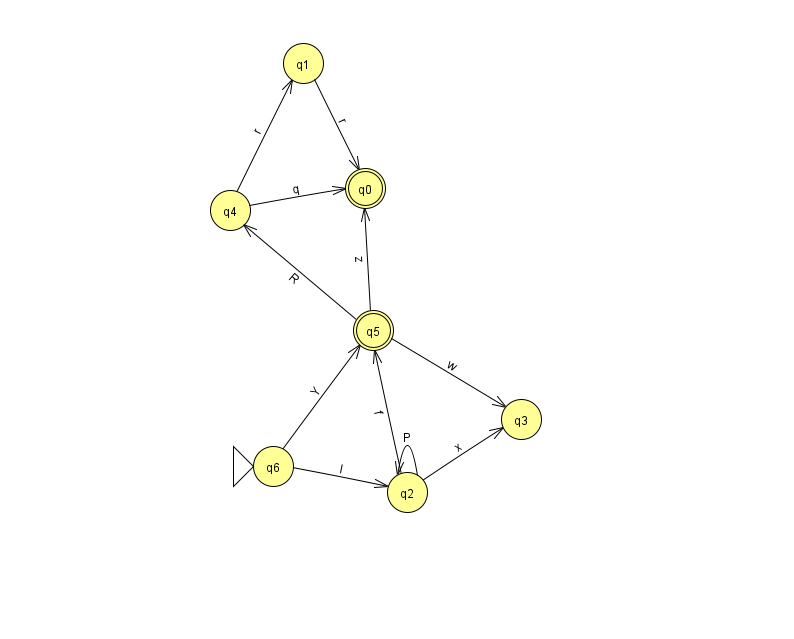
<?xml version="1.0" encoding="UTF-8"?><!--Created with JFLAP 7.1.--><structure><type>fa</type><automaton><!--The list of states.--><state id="0" name="q0"><x>365.0</x><y>175.0</y><final/></state><state id="1" name="q1"><x>303.0</x><y>50.0</y></state><state id="2" name="q2"><x>407.0</x><y>479.0</y></state><state id="3" name="q3"><x>521.0</x><y>406.0</y></state><state id="4" name="q4"><x>230.0</x><y>197.0</y></state><state id="5" name="q5"><x>373.0</x><y>317.0</y><final/></state><state id="6" name="q6"><x>273.0</x><y>453.0</y><initial/></state><!--The list of transitions.--><transition><from>2</from><to>2</to><read>P</read></transition><transition><from>5</from><to>4</to><read>R</read></transition><transition><from>5</from><to>3</to><read>w</read></transition><transition><from>1</from><to>0</to><read>r</read></transition><transition><from>6</from><to>2</to><read>l</read></transition><transition><from>2</from><to>3</to><read>x</read></transition><transition><from>5</from><to>0</to><read>z</read></transition><transition><from>4</from><to>1</to><read>r</read></transition><transition><from>2</from><to>5</to><read>f</read></transition><transition><from>4</from><to>0</to><read>q</read></transition><transition><from>6</from><to>5</to><read>Y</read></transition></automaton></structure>